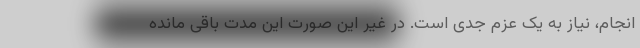
انجام، نیاز به یک عزم جدی است. در غیر این صورت این مدت باقی مانده